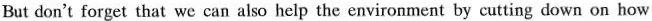
forget that we can also help the environment by cutting down on how